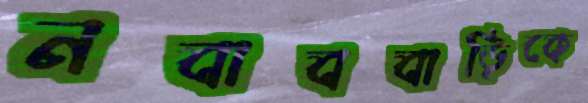
নবাববাড়িকে